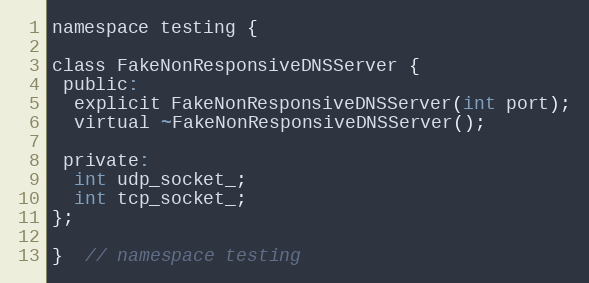
Language: C
namespace testing {

class FakeNonResponsiveDNSServer {
 public:
  explicit FakeNonResponsiveDNSServer(int port);
  virtual ~FakeNonResponsiveDNSServer();

 private:
  int udp_socket_;
  int tcp_socket_;
};

}  // namespace testing